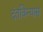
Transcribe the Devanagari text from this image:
दंतविन्यास